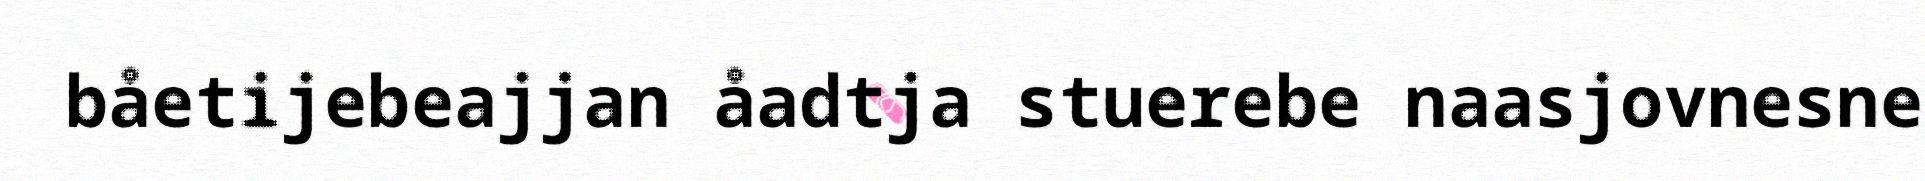
båetijebeajjan åadtja stuerebe naasjovnesne